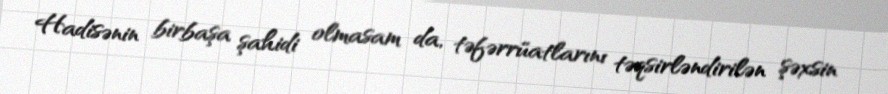
Hadisənin birbaşa şahidi olmasam da, təfərrüatlarını təqsirləndirilən şəxsin